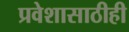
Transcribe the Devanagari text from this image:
प्रवेशासाठीही